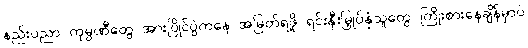
နည်းပညာ ကုမ္ပဏီတွေ အားပြိုင်ပွဲကနေ အမြတ်ရဖို့ ရင်းနှီးမြှုပ်နှံသူတွေ ကြိုးစားနေချိန်မှာပဲ